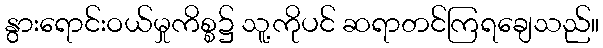
နွားရောင်းဝယ်မှုကိစ္စ၌ သူ့ကိုပင် ဆရာတင်ကြရချေသည်။